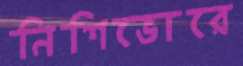
নিশিভোরে